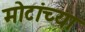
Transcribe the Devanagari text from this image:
मोटांच्या